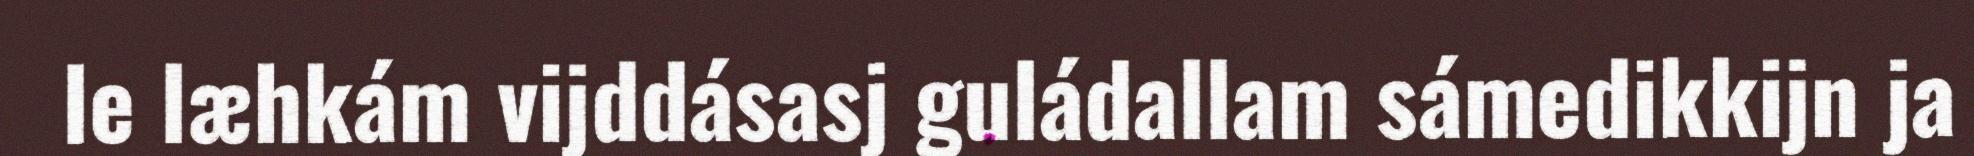
le læhkám vijddásasj guládallam sámedikkijn ja